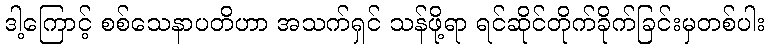
ဒါ့ကြောင့် စစ်သေနာပတိဟာ အသက်ရှင် သန်ဖို့ရာ ရင်ဆိုင်တိုက်ခိုက်ခြင်းမှတစ်ပါး